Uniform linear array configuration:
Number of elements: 16
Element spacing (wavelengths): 0.25
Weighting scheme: binomial
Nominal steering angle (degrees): -60
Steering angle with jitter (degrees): -61.182
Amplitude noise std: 0.05
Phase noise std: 0.05

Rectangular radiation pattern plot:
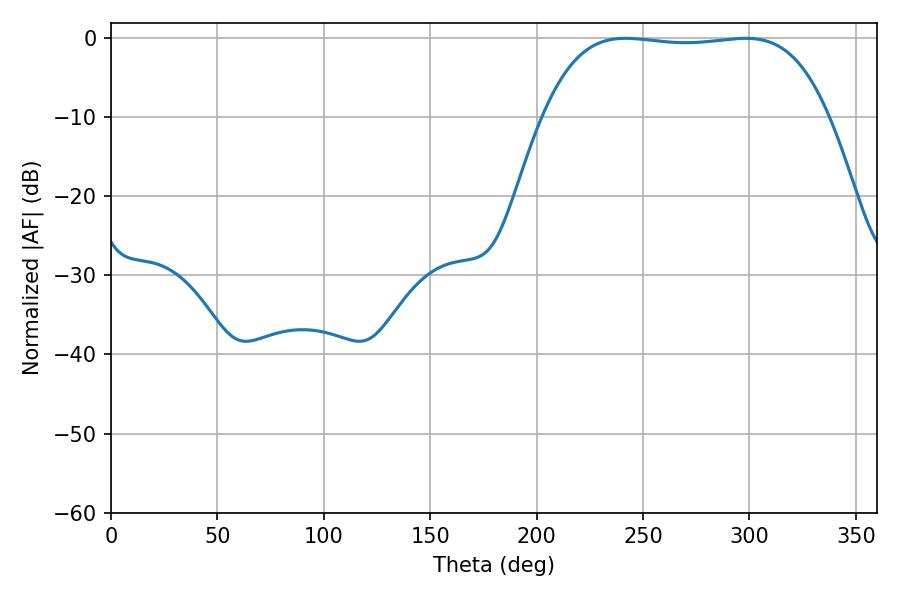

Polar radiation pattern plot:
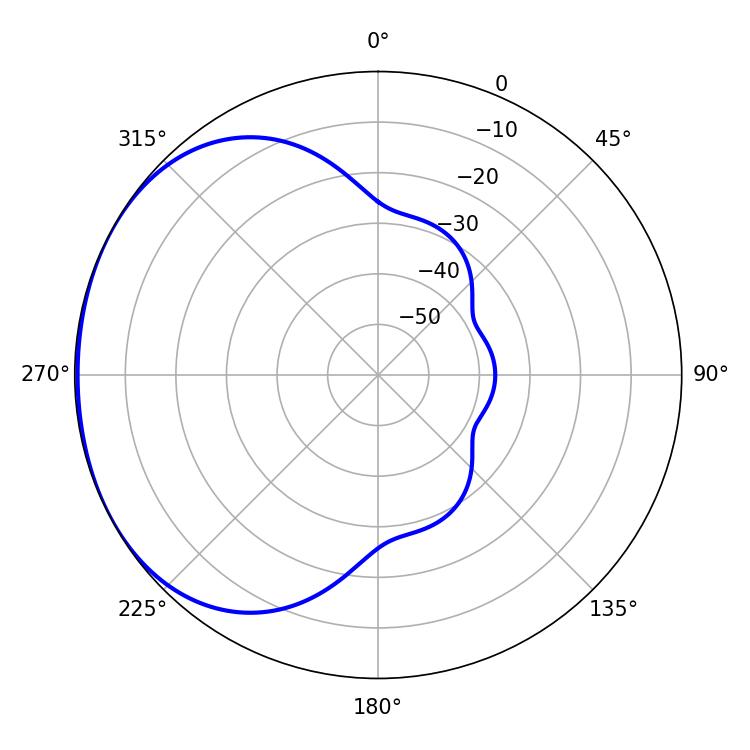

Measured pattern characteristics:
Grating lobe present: FALSE
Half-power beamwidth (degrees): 105.12
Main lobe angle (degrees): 241.74